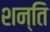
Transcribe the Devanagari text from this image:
शन्ति